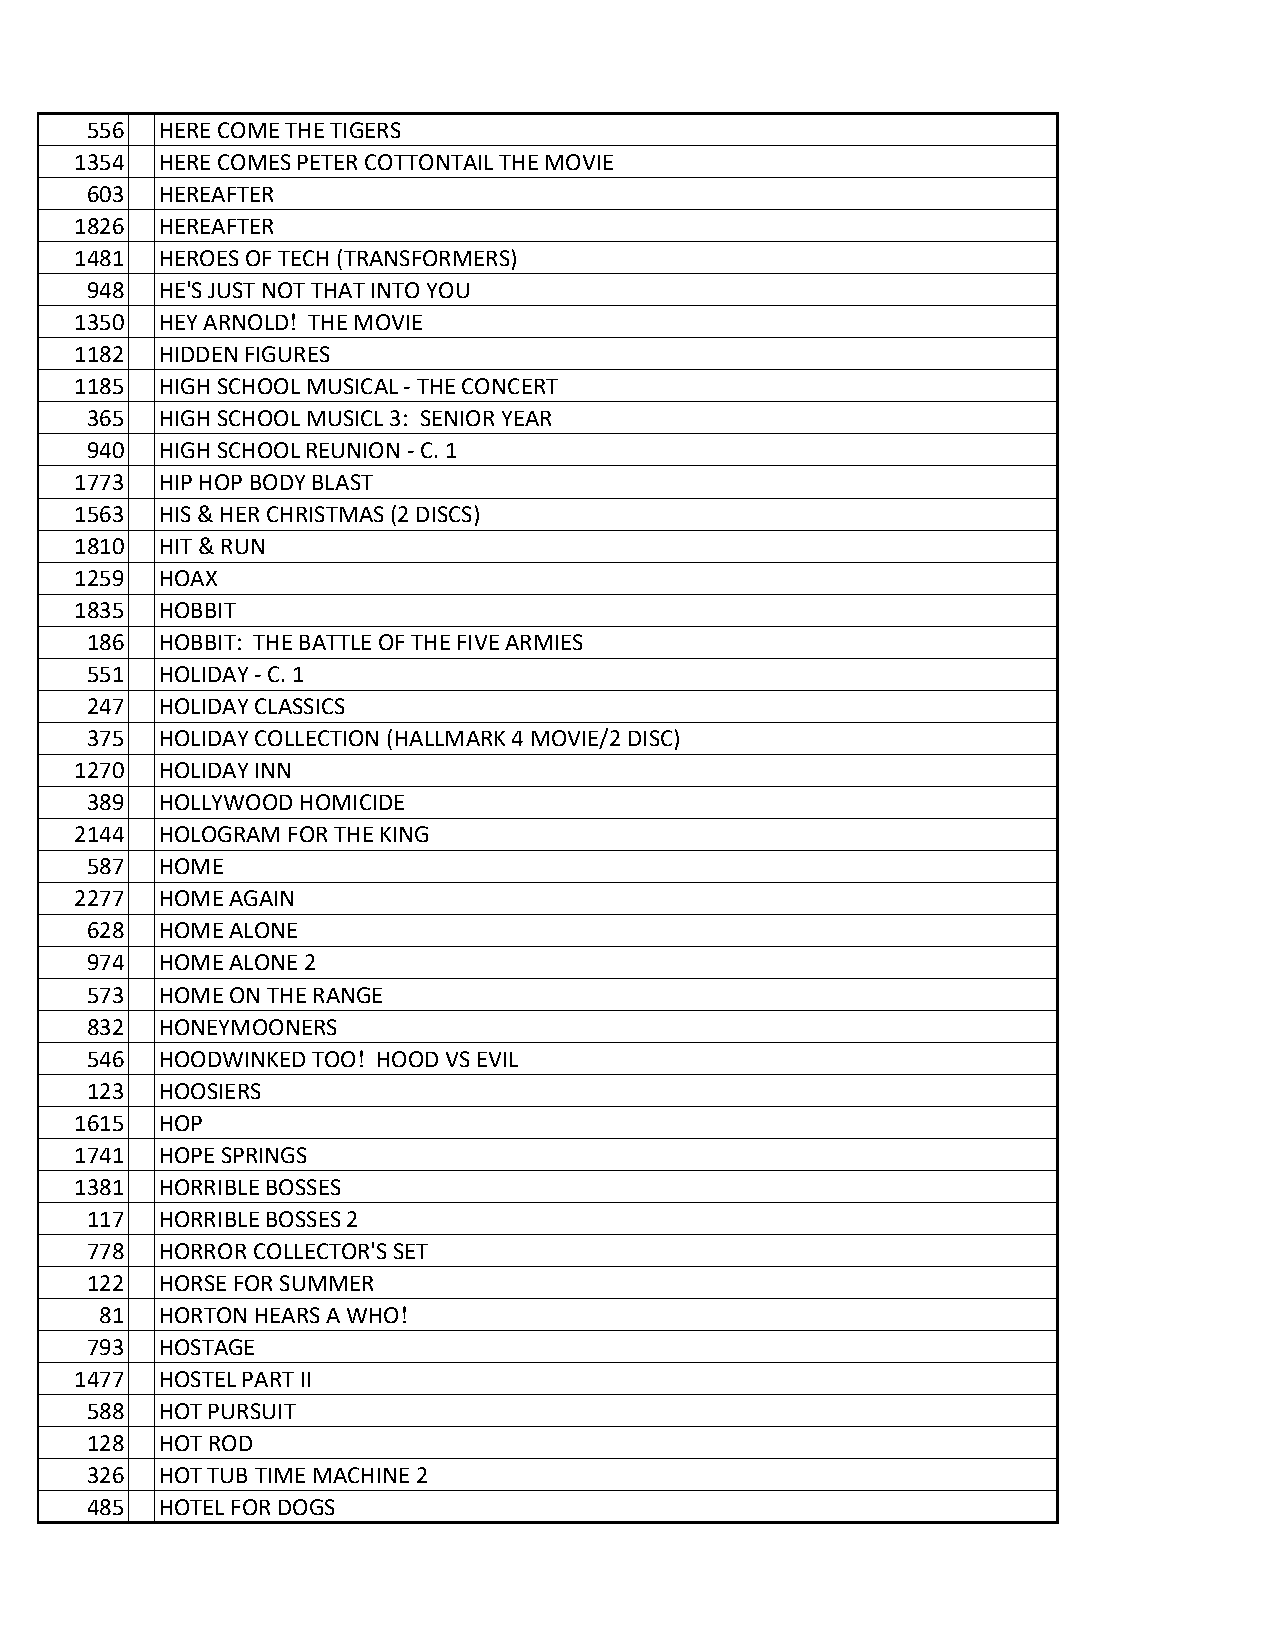
556 HERE COME THE TIGERS
 1354 HERE COMES PETER COTTONTAIL THE MOVIE
 603 HEREAFTER
 1826 HEREAFTER
 1481 HEROES OF TECH (TRANSFORMERS)
 948 HE'S JUST NOT THAT INTO YOU
 1350 HEY ARNOLD! THE MOVIE
 1182 HIDDEN FIGURES
 1185 HIGH SCHOOL MUSICAL - THE CONCERT
 365 HIGH SCHOOL MUSICL 3: SENIOR YEAR
 940 HIGH SCHOOL REUNION - C. 1
 1773 HIP HOP BODY BLAST
 1563 HIS & HER CHRISTMAS (2 DISCS)
 1810 HIT & RUN
 1259 HOAX
 1835 HOBBIT
 186 HOBBIT: THE BATTLE OF THE FIVE ARMIES
 551 HOLIDAY - C. 1
 247 HOLIDAY CLASSICS
 375 HOLIDAY COLLECTION (HALLMARK 4 MOVIE/2 DISC)
 1270 HOLIDAY INN
 389 HOLLYWOOD HOMICIDE
 2144 HOLOGRAM FOR THE KING
 587 HOME
 2277 HOME AGAIN
 628 HOME ALONE
 974 HOME ALONE 2
 573 HOME ON THE RANGE
 832 HONEYMOONERS
 546 HOODWINKED TOO! HOOD VS EVIL
 123 HOOSIERS
 1615 HOP
 1741 HOPE SPRINGS
 1381 HORRIBLE BOSSES
 117 HORRIBLE BOSSES 2
 778 HORROR COLLECTOR'S SET
 122 HORSE FOR SUMMER
 81 HORTON HEARS A WHO!
 793 HOSTAGE
 1477 HOSTEL PART II
 588 HOT PURSUIT
 128 HOT ROD
 326 HOT TUB TIME MACHINE 2
 485 HOTEL FOR DOGS